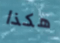
هكذا